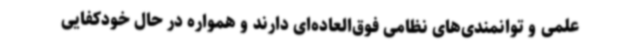
علمی و توانمندی‌های نظامی فوق‌العاده‌ای دارند و همواره در حال خودکفایی